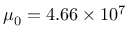
\mu _ { 0 } = 4 . 6 6 \times 1 0 ^ { 7 }